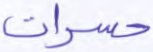
حسرات